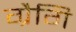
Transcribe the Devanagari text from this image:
ग्रैगि